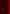
و